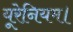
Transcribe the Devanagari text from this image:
यूरेनियम।